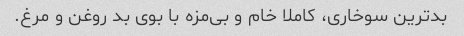
بدترین سوخاری، ‌کاملا خام و بی‌مزه با بوی بد روغن و مرغ.